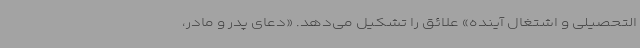
التحصیلی و اشتغال آینده» علائق را تشکیل می‌دهد. «دعای پدر و مادر،